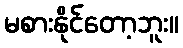
မစားနိုင်တော့ဘူး။